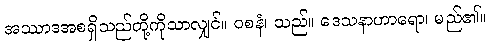
အဿာဒအစရှိသည်တို့ကိုသာလျှင်။ ဝစနံ၊ သည်။ ဒေသနာဟာရော၊ မည်၏။